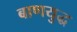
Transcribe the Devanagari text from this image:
बाणयुद्ध